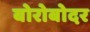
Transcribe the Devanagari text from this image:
बोरोबोदर